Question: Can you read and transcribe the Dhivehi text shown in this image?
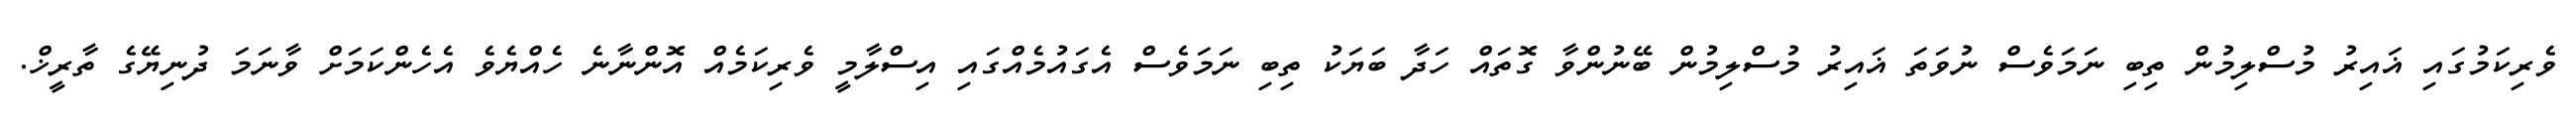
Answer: ވެރިކަމުގައި ޣައިރު މުސްލިމުން ތިބި ނަމަވެސް ނުވަތަ ޣައިރު މުސްލިމުން ބޭނުންވާ ގޮތައް ހަދާ ބަޔަކު ތިބި ނަމަވެސް އެގައުމެއްގައި އިސްލާމީ ވެރިކަމެއް އޮންނާނެ ހެއްޔެވެ އެހެންކަމަށް ވާނަމަ ދުނިޔޭގެ ތާރީޚް.